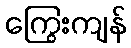
ကြွေးကျန်